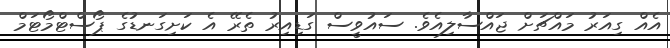
އެއް ގިއަރު މައްޗަށް ޖައްސާލިއެވެ. ސައުވީސް ގަޑިއިރު ތެރޭ އެ ކަށިގަނޑުގެ ޕޯސްޓްމޯޓަމް